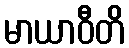
မာယာဝီတိ